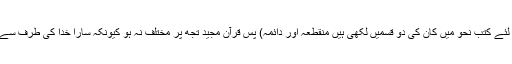
(اسی لئے کتب نحو میں کان کی دو قسمیں لکھی ہیں منقطعہ اور دائمہ) پس قرآن مجید تجھ پر مختلف نہ ہو کیونکہ سارا خدا کی طرف سے ہے۔